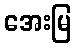
အေးမြ